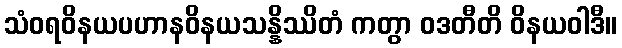
သံဝရဝိနယပဟာနဝိနယသန္နိဿိတံ ကတွာ ဝဒတီတိ ဝိနယဝါဒီ။